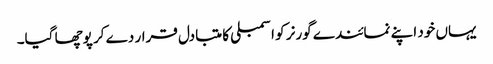
یہاں خود اپنے نمائندے گورنر کو اسمبلی کا متبادل قرار دے کر پوچھا گیا۔